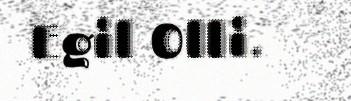
Egil Olli.